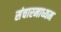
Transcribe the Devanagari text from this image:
संचारमाध्यम